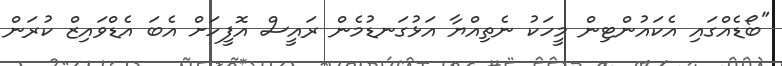
"ބޯޑެއްގައި އެކައުންޓިން މީހަކު ނެތިއްޔާ އަޅުގަނޑުމެން ރައީސް އޮފީހަށް އެބަ އެޑްވައިޒް ކުރަން